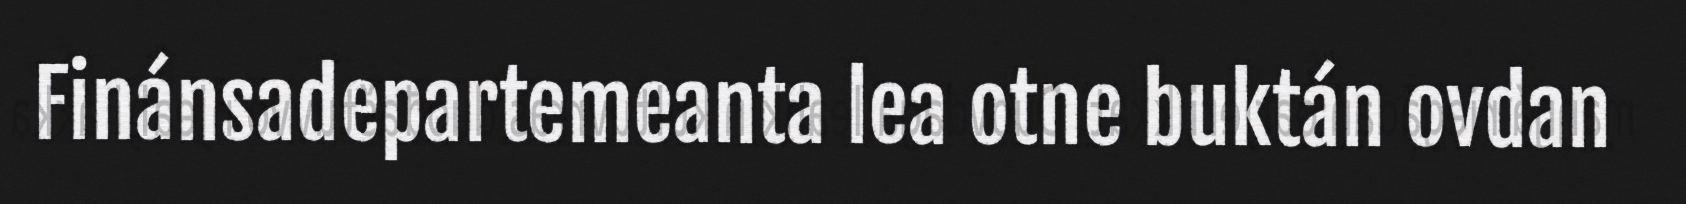
Finánsadepartemeanta lea otne buktán ovdan